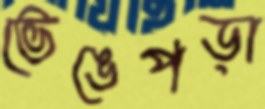
ভেঙেপড়া